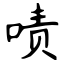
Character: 啧